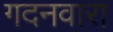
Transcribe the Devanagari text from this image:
गदनवारा